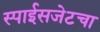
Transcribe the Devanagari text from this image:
स्पाईसजेटचा